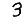
Digit: 3